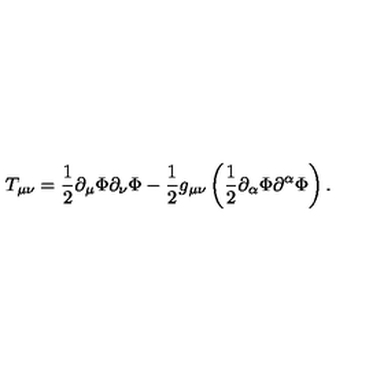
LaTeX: T _ { \mu \nu } = \frac { 1 } { 2 } \partial _ { \mu } \Phi \partial _ { \nu } \Phi - \frac { 1 } { 2 } g _ { \mu \nu } \left( \frac { 1 } { 2 } \partial _ { \alpha } \Phi \partial ^ { \alpha } \Phi \right) .